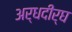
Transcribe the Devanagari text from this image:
अर्धदीर्घ